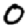
Digit: 0